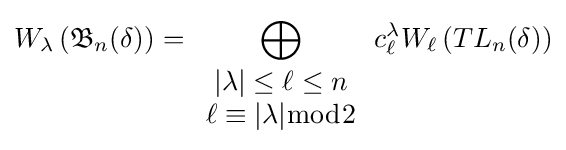
W_{\lambda }\left({\mathfrak {B}}_{n}(\delta )\right)=\bigoplus _{\begin{array}{c}|\lambda |\leq \ell \leq n\\\ell \equiv |\lambda |{\bmod {2}}\end{array}}c_{\ell }^{\lambda }W_{\ell }\left(TL_{n}(\delta )\right)